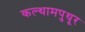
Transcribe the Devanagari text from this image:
कल्थामपुथूर